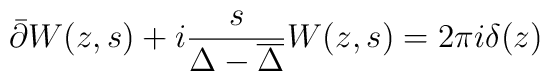
\bar\partial W(z,s)+i\frac{s}{\Delta -{\overline\Delta}} W(z,s)=2\pi i\delta(z) \nonumber